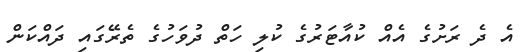
އެ ދެ ރަށުގެ އެއް ކުއާޓަރުގެ ކުލި ހަތް ދުވަހުގެ ތެރޭގައި ދައްކަން